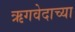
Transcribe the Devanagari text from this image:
ऋगवेदाच्या